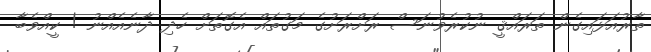
ތާރުއަޅައިގެން ތަރައްޤީ ނުކުރެވުނަސް ރަށްރަށުގެ މަގުތައް އެގޮތަށް ހެދި ދާނެއެއްނު ! ކީއްވެބާ